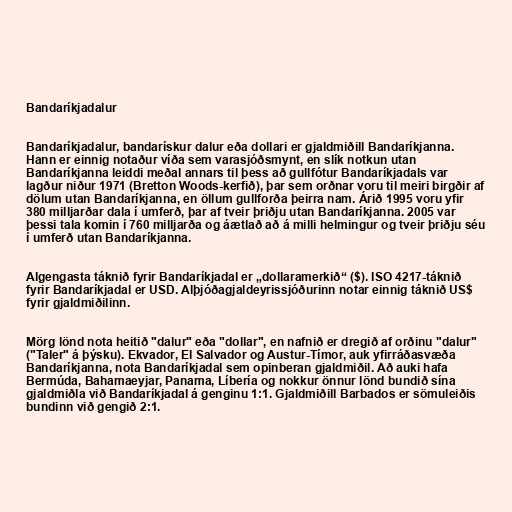
Bandaríkjadalur

Bandaríkjadalur, bandarískur dalur eða dollari er gjaldmiðill Bandaríkjanna.
Hann er einnig notaður víða sem varasjóðsmynt, en slík notkun utan
Bandaríkjanna leiddi meðal annars til þess að gullfótur Bandaríkjadals var
lagður niður 1971 (Bretton Woods-kerfið), þar sem orðnar voru til meiri birgðir af
dölum utan Bandaríkjanna, en öllum gullforða þeirra nam. Árið 1995 voru yfir
380 milljarðar dala í umferð, þar af tveir þriðju utan Bandaríkjanna. 2005 var
þessi tala komin í 760 milljarða og áætlað að á milli helmingur og tveir þriðju séu
í umferð utan Bandaríkjanna.

Algengasta táknið fyrir Bandaríkjadal er „dollaramerkið“ ($). ISO 4217-táknið
fyrir Bandaríkjadal er USD. Alþjóðagjaldeyrissjóðurinn notar einnig táknið US$
fyrir gjaldmiðilinn.

Mörg lönd nota heitið "dalur" eða "dollar", en nafnið er dregið af orðinu "dalur"
("Taler" á þýsku). Ekvador, El Salvador og Austur-Tímor, auk yfirráðasvæða
Bandaríkjanna, nota Bandaríkjadal sem opinberan gjaldmiðil. Að auki hafa
Bermúda, Bahamaeyjar, Panama, Líbería og nokkur önnur lönd bundið sína
gjaldmiðla við Bandaríkjadal á genginu 1:1. Gjaldmiðill Barbados er sömuleiðis
bundinn við gengið 2:1.